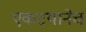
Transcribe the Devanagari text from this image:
एकटयानेच